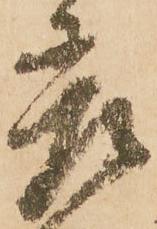
差